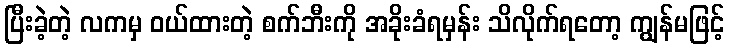
ပြီးခဲ့တဲ့ လကမှ ဝယ်ထားတဲ့ စက်ဘီးကို အခိုးခံရမှန်း သိလိုက်ရတော့ ကျွန်မဖြင့်